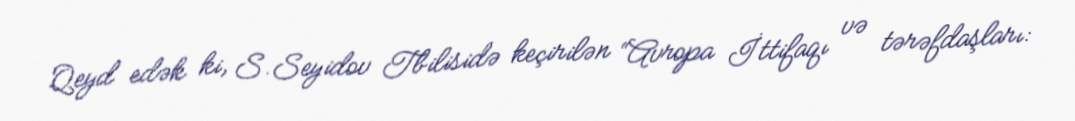
Qeyd edək ki, S.Seyidov Tbilisidə keçirilən “Avropa İttifaqı və tərəfdaşları: